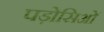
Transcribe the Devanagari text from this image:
पड़ोसिओं